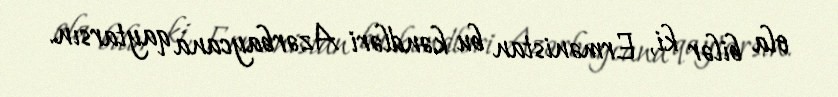
ola bilər ki, Ermənistan bu kəndləri Azərbaycana qaytarsın.